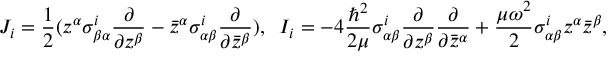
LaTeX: { \cal J } _ { i } = \frac { 1 } { 2 } ( z ^ { \alpha } \sigma _ { \beta \alpha } ^ { i } \frac { \partial } { \partial z ^ { \beta } } - { \bar { z } } ^ { \alpha } \sigma _ { \alpha \beta } ^ { i } \frac { \partial } { \partial { \bar { z } } ^ { \beta } } ) , \; \; { \cal I } _ { i } = - 4 \frac { \hbar ^ { 2 } } { 2 \mu } \sigma _ { \alpha \beta } ^ { i } \frac { \partial } { \partial z ^ { \beta } } \frac { \partial } { \partial { \bar { z } } ^ { \alpha } } + \frac { \mu \omega ^ { 2 } } { 2 } \sigma _ { \alpha \beta } ^ { i } z ^ { \alpha } { \bar { z } } ^ { \beta } ,